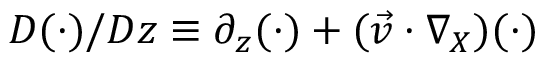
D ( \cdot ) / D z \equiv \partial _ { z } ( \cdot ) + ( \vec { v } \cdot \nabla _ { X } ) ( \cdot )